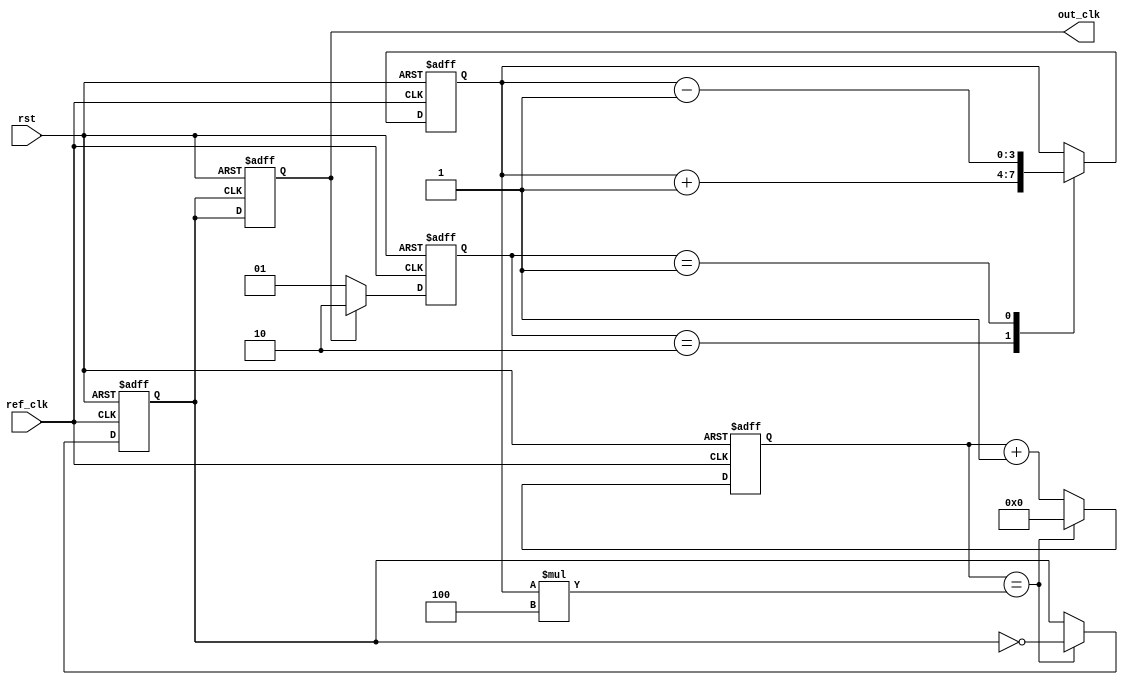
module pll (
    input wire ref_clk,         // Input reference clock
    input wire rst,            // Reset signal
    output reg out_clk         // Output clock
);

    // Parameters
    parameter integer N = 4;   // VCO multiplier (output frequency = N * input frequency)
    parameter integer LOOP_BW = 100; // Loop bandwidth (dummy value for simulation)

    // Internal signals
    reg [1:0] phase_error;      // Phase error signal
    reg [3:0] control_voltage;   // Control voltage for VCO
    reg [3:0] vco_counter;       // VCO counter
    reg vco_clk;                 // VCO clock signal

    // Phase Detector
    always @(posedge ref_clk or posedge rst) begin
        if (rst) begin
            phase_error <= 2'b00; // Reset phase error
        end else begin
            // Simple phase detection logic (can be refined)
            if (out_clk) begin
                phase_error <= 2'b10; // Output clock is leading
            end else begin
                phase_error <= 2'b01; // Output clock is lagging
            end
        end
    end

    // Loop Filter (integrator)
    always @(posedge ref_clk or posedge rst) begin
        if (rst) begin
            control_voltage <= 4'b0000; // Reset control voltage
        end else begin
            // Simple integrator (can be refined)
            case (phase_error)
                2'b10: control_voltage <= control_voltage + 1; // Output clock leading
                2'b01: control_voltage <= control_voltage - 1; // Output clock lagging
                default: control_voltage <= control_voltage; // No change
            endcase
        end
    end

    // Voltage-Controlled Oscillator (VCO)
    always @(posedge ref_clk or posedge rst) begin
        if (rst) begin
            vco_counter <= 4'b0000; // Reset VCO counter
            vco_clk <= 0;           // Reset VCO clock
        end else begin
            // VCO frequency control (simple counter example)
            if (vco_counter == (control_voltage * N)) begin
                vco_clk <= ~vco_clk; // Toggle VCO clock
                vco_counter <= 4'b0000; // Reset counter
            end else begin
                vco_counter <= vco_counter + 1; // Increment counter
            end
        end
    end

    // Output Driver
    always @(posedge vco_clk or posedge rst) begin
        if (rst) begin
            out_clk <= 0; // Reset output clock
        end else begin
            out_clk <= vco_clk; // Drive output clock with VCO clock
        end
    end

endmodule